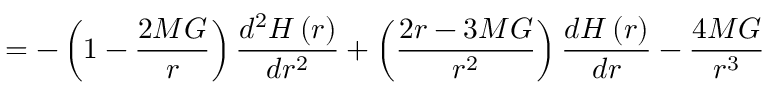
= - \left( 1 - \frac { 2 M G } { r } \right) \frac { d ^ { 2 } H \left( r \right) } { d r ^ { 2 } } + \left( \frac { 2 r - 3 M G } { r ^ { 2 } } \right) \frac { d H \left( r \right) } { d r } - \frac { 4 M G } { r ^ { 3 } }